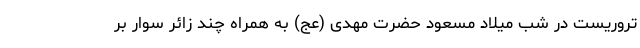
تروریست در شب میلاد مسعود حضرت مهدی (عج) به همراه چند زائر سوار بر